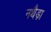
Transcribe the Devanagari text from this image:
नथैड़ा